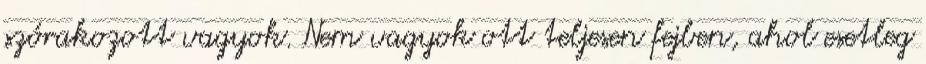
szórakozott vagyok. Nem vagyok ott teljesen fejben, ahol esetleg